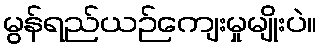
မွန်ရည်ယဉ်ကျေးမှုမျိုးပဲ။